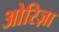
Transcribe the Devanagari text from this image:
ओरिज़ा